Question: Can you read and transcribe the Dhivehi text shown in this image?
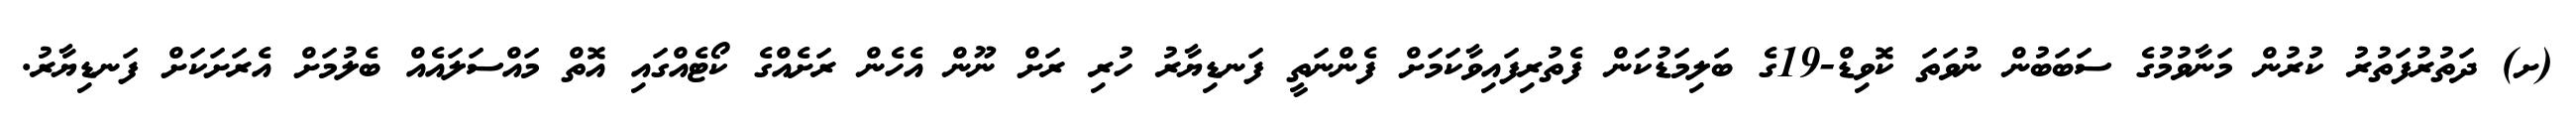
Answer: (ށ) ދަތުރުފަތުރު ކުރުން މަނާވުމުގެ ސަބަބުން ނުވަތަ ކޮވިޑް-19ގެ ބަލިމަޑުކަން ފެތުރިފައިވާކަމަށް ފެންނަތީ ފަނޑިޔާރު ހުރި ރަށް ނޫން އެހެން ރަށެއްގެ ކޯޓެއްގައި އޮތް މައްސަލައެއް ބެލުމަށް އެރަށަކަށް ފަނޑިޔާރު.